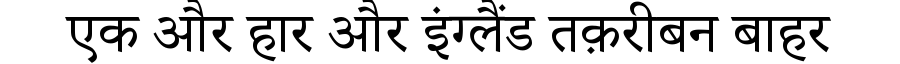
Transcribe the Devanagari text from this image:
एक और हार और इंग्लैंड तक़रीबन बाहर